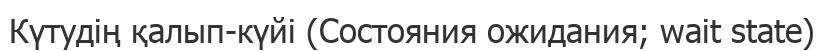
Күтудің қалып-күйі (Состояния ожидания; wait state)